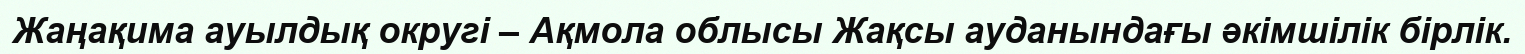
Жаңақима ауылдық округі – Ақмола облысы Жақсы ауданындағы әкімшілік бірлік.